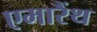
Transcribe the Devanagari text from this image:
एमारैंथ